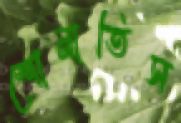
শোনাতিস